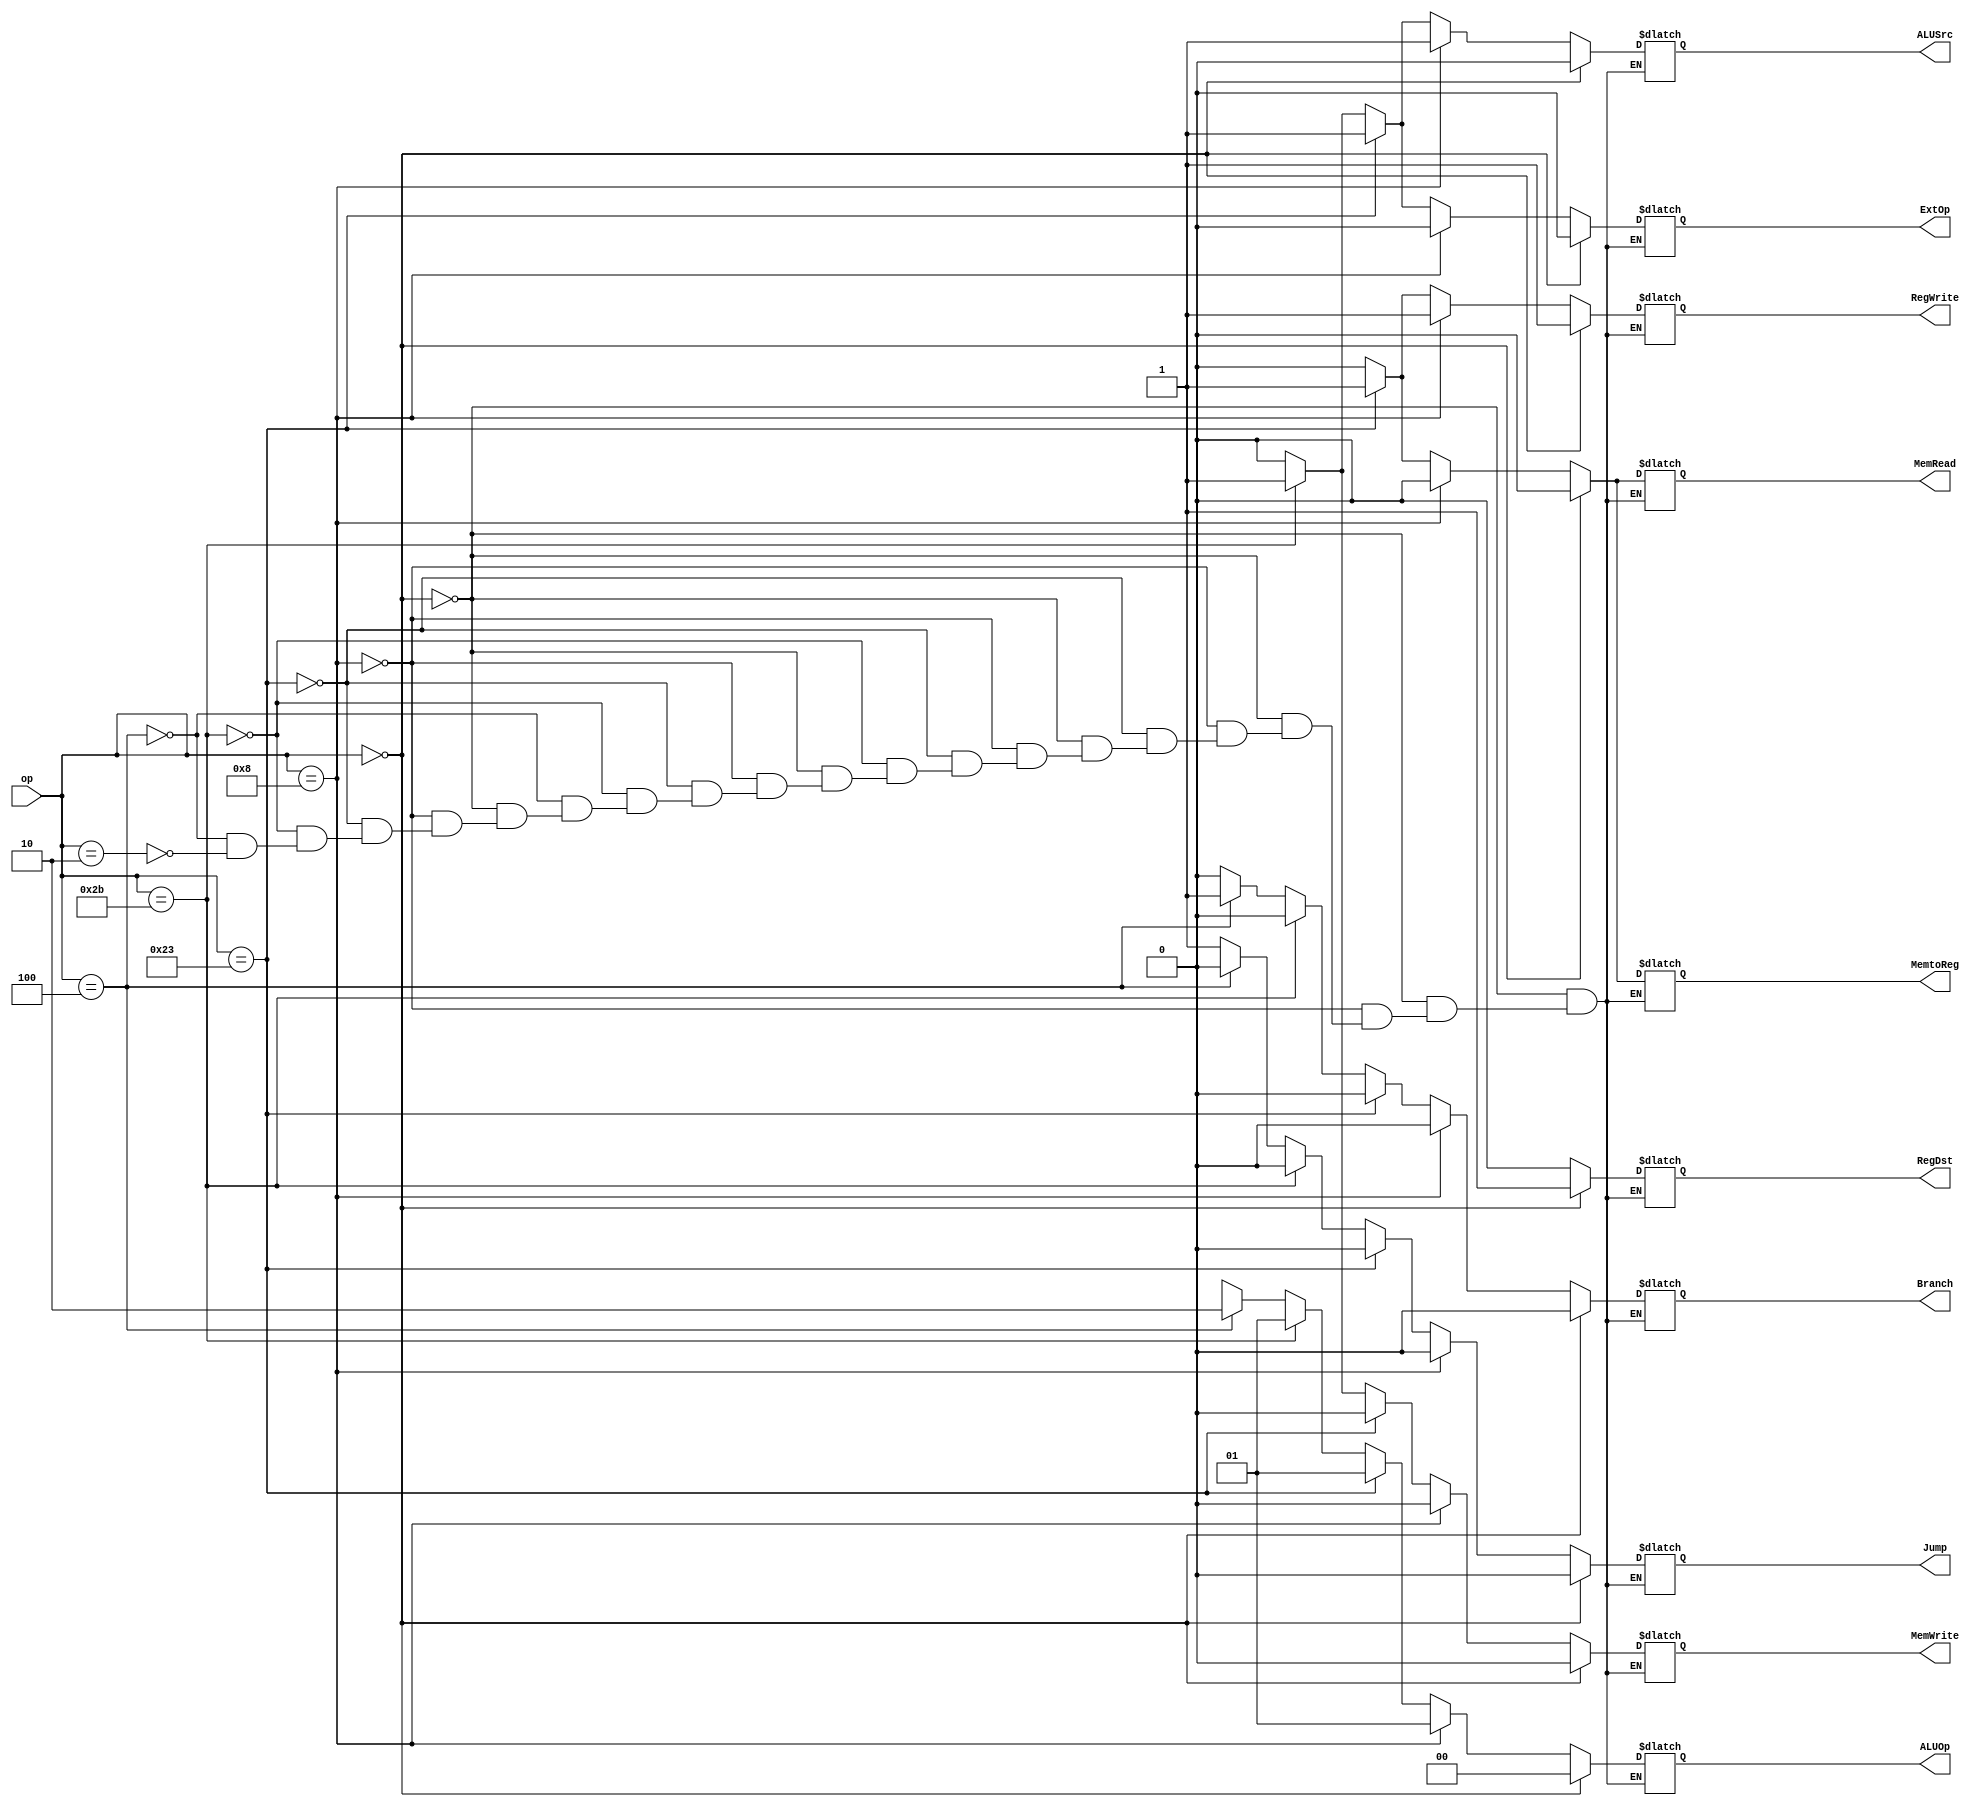
module control_unit(
  op,
  RegDst,
  ALUSrc,
  MemtoReg,
  RegWrite,
  MemWrite,
  Branch,
  Jump,
  ExtOp,
  ALUOp,
  MemRead
);

input[5:0] op;
output RegDst;
output ALUSrc;
output MemtoReg;
output RegWrite;
output MemWrite;
output Branch;
output Jump;
output ExtOp;
output MemRead;
output[1:0] ALUOp;

reg rd;
reg as;
reg mtr;
reg rw;
reg mw;
reg br;
reg jp;
reg ex;
reg mr;
reg[1:0] ao;

always@(*)
begin
  if(op == 6'b000000) // R-type
  begin
    rd = 1;
    as = 0;
    mtr = 0;
    rw = 1;
    mw = 0;
    br = 0;
    jp = 0;
    ex = 0;
    mr = 0;
    ao = 2'b00; // Rtype
  end
  else if(op == 6'b001000) // addi
  begin
    rd = 0; 
    as = 1;
    mtr = 0;
    rw = 1;
    mw = 0;
    br = 0;
    jp = 0;
    ex = 0;
    mr = 0;
    ao = 2'b01; // add
  end
  else if(op == 6'b100011) // lw
  begin
    rd = 0;
    as = 1;
    mtr = 1;
    rw = 1;
    mw = 0;
    br = 0;
    jp = 0;
    ex = 1;
    mr = 1;
    ao =  2'b01; // Add
  end
  else if(op == 6'b101011) // sw
  begin
    rd = 0;
    as = 1;
    mtr = 0;
    rw = 0;
    mw = 1;
    br = 0;
    jp = 0;
    ex = 1;
    mr = 0;
    ao = 2'b01; // Add
  end
  else if(op == 6'b000100) // beq
  begin
    rd = 0;
    as = 0;
    mtr = 0;
    rw = 0;
    mw = 0;
    br = 1;
    jp = 0;
    ex = 0;
    mr = 0;
    ao = 2'b10; // Sub
  end 
  else if(op == 6'b000010) // jump
  begin
    rd = 0;
    as = 0;
    mtr = 0;
    rw = 0;
    mw = 0;
    br = 0;
    jp = 1;
    ex = 0;
    mr = 0;
    ao = 2'bxx;
  end
end

assign RegDst = rd;
assign ALUSrc = as;
assign MemtoReg = mtr;
assign RegWrite = rw;
assign MemWrite = mw;
assign Branch = br;
assign Jump = jp;
assign ExtOp = ex;
assign ALUOp = ao;
assign MemRead = mr;

endmodule